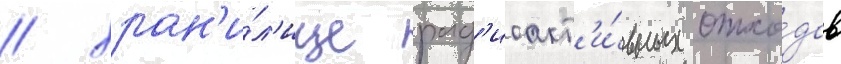
/ хран'и́л'ище рад'иоакт'и́вных отхо́дов